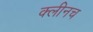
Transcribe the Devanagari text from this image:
क्लीनच